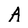
Character: A